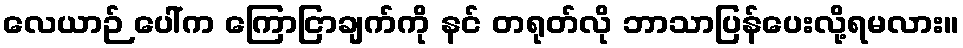
လေယာဉ် ပေါ်က ကြောငြာချက်ကို နင် တရုတ်လို ဘာသာပြန်ပေးလို့ရမလား။